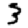
Digit: 3